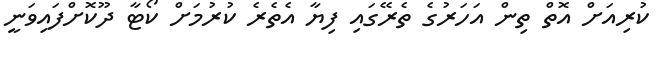
ކުރިއަށް އޮތް ތިން އަހަރުގެ ތެރޭގައި ފިޔާ އެތެރެ ކުރުމަށް ކޯޓާ ދޫކޮށްފައިވަނީ